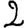
Digit: 2